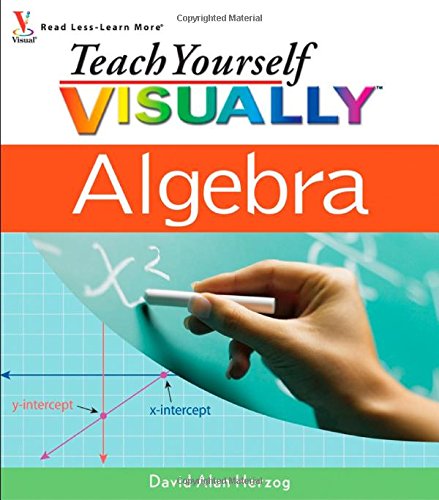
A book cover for Teach Yourself VISUALLY Algebra; David Alan Herzog; Humor & Entertainment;